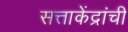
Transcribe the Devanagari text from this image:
सत्ताकेंद्रांची